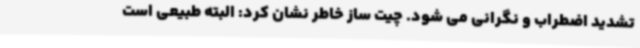
تشدید اضطراب و نگرانی می شود. چیت ساز خاطر نشان کرد: البته طبیعی است